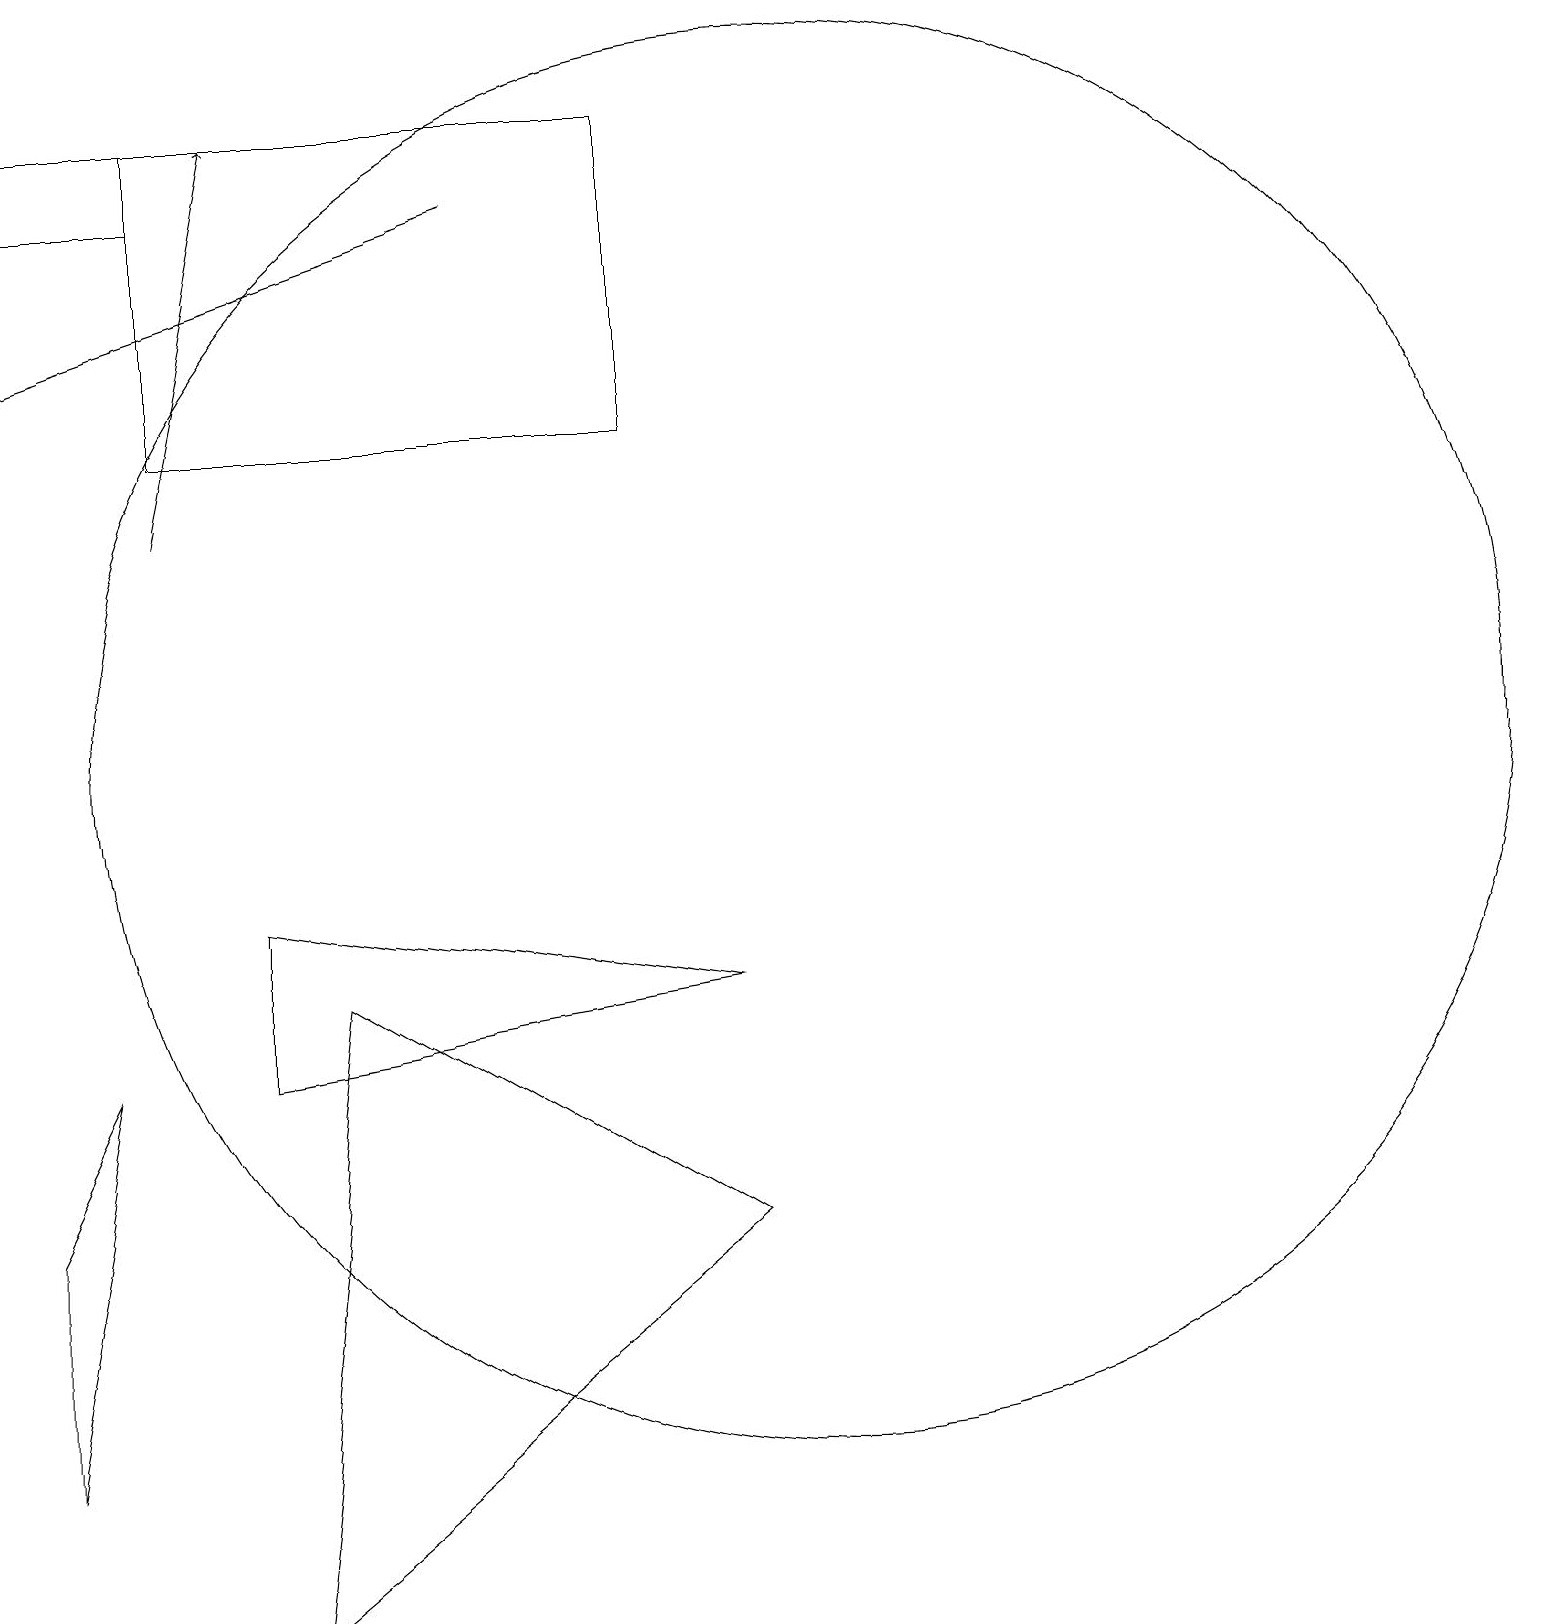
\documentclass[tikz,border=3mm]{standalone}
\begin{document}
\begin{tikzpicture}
\draw (3,9) -- (9,8) -- (3,7) -- cycle;
\draw (0,5) -- (0,2) -- (1,7) -- cycle;
\draw (0,19) rectangle (2,18);
\draw[->] (2,14) -- (3,19);
\draw (10,11) circle (9);
\draw[->] (6,18) -- (0,16);
\draw (3,0) -- (9,5) -- (4,8) -- cycle;
\draw (2,19) rectangle (8,15);
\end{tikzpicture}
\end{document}